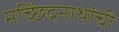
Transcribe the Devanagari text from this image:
मच्छिंद्रनाथांची